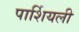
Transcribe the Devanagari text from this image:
पार्शियली